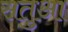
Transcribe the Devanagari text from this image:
सतुआ